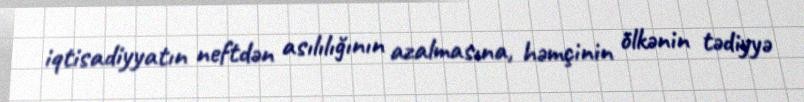
iqtisadiyyatın neftdən asılılığının azalmasına, həmçinin ölkənin tədiyyə